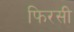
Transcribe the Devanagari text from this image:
फिरसी